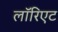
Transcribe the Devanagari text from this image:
लॉरिएट